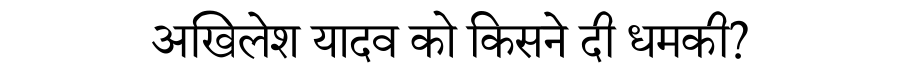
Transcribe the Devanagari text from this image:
अखिलेश यादव को किसने दी धमकी?